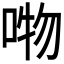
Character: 𭈘